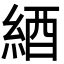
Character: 綇